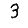
Digit: 3